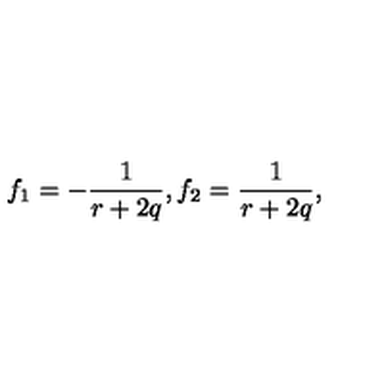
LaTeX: f _ { 1 } = - \frac { 1 } { r + 2 q } , f _ { 2 } = \frac { 1 } { r + 2 q } ,